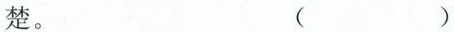
楚。 ( )